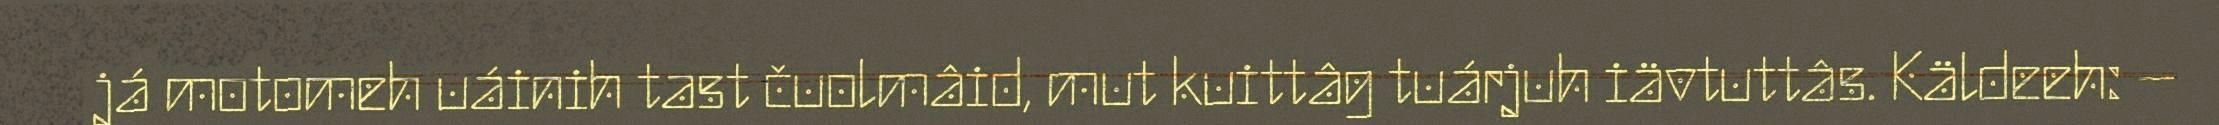
já motomeh uáinih tast čuolmâid, mut kuittâg tuárjuh iävtuttâs. Käldeeh: –